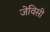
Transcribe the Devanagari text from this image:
जेविसी